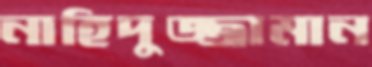
নাহিদুজ্জামান